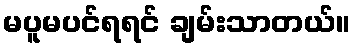
မပူမပင်ရရင် ချမ်းသာတယ်။